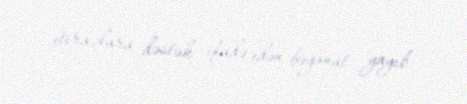
etirazlara dəstək ifadə edən bəyanat yayıb.